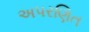
અપરણિત